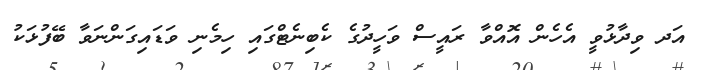
އަދ ވިދާޅުވީ އެހެން އޮއްވާ ރައީސް ވަހީދުގެ ކެބިނެޓްގައި ހިމެނި ވަޑައިގަންނަވާ ބޭފުޅަކު